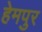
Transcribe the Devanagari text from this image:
हेमपुर